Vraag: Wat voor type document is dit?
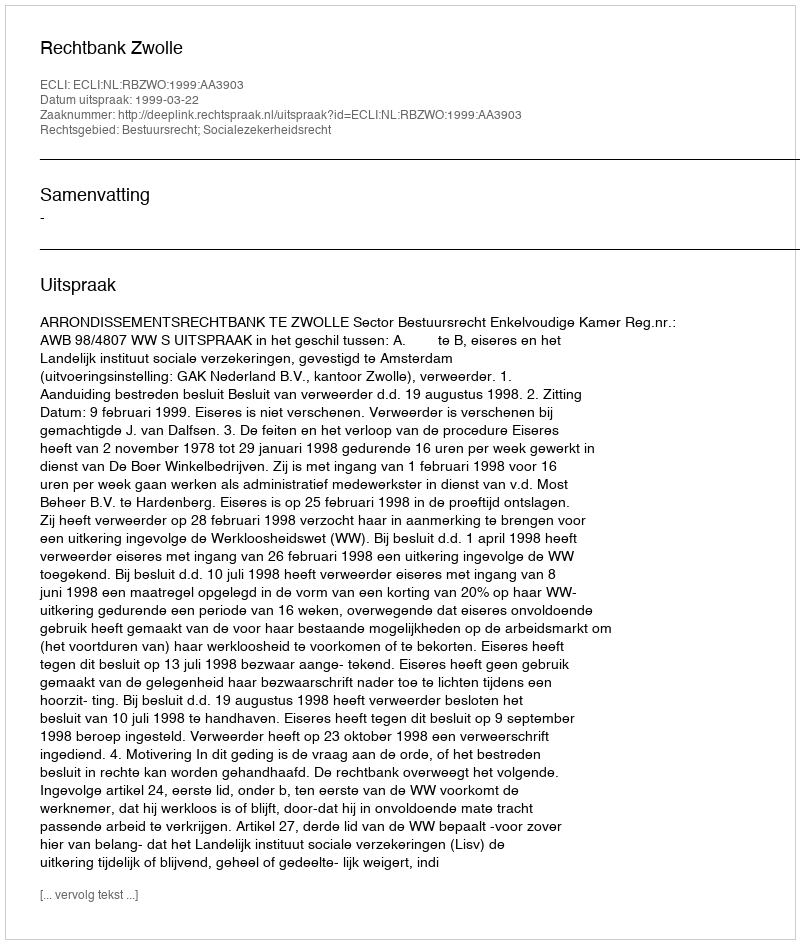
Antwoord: Uitspraak